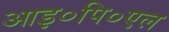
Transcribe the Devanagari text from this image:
आइ०पि०एल